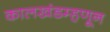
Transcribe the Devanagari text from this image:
कालखंडम्हणून